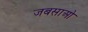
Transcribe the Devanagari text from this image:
जबसाओ